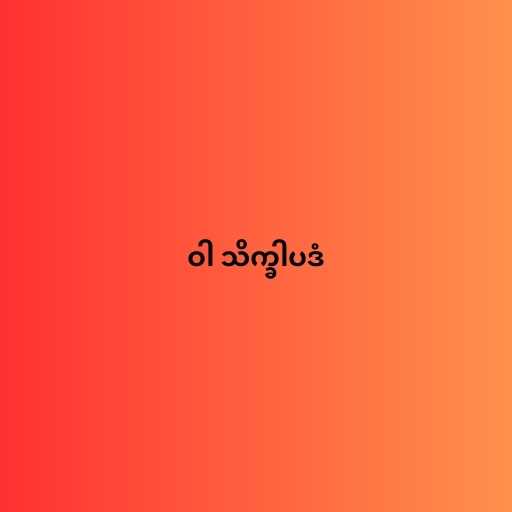
ဝါ သိက္ခါပဒံ